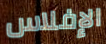
الإفلاس